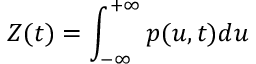
Z ( t ) = \int _ { - \infty } ^ { + \infty } p ( u , t ) d u